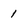
Character: 1